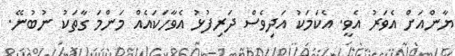
ޔާންއަށް އެވަރު އެވީ. އެކަމަކު އަދިވެސް ދަރިފުޅު އެވާހަކައެއް މަންމަ ގާތަކު ނުބުނޭ.